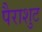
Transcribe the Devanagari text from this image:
पैराशुट